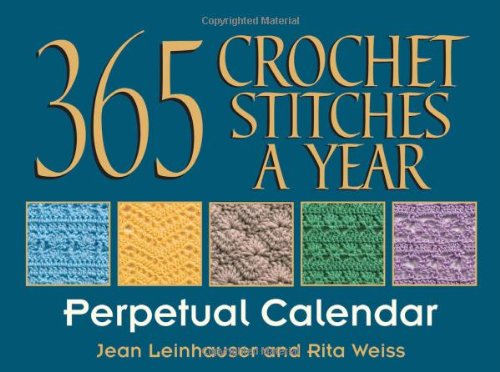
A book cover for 365 Crochet Stitches a Year Perpetual Calendar; Jean Leinhauser; Calendars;